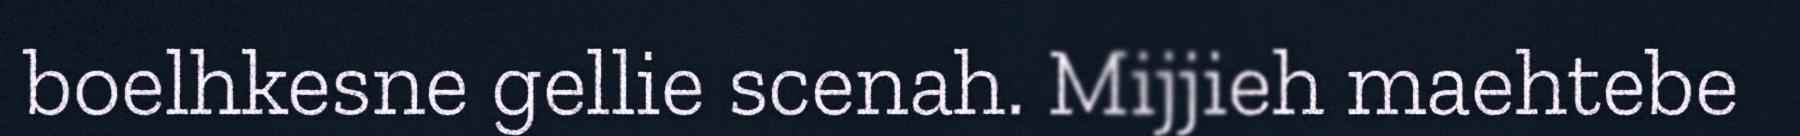
boelhkesne gellie scenah. Mijjieh maehtebe